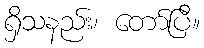
ရှိသနည်း၊ တော်ပြီ။